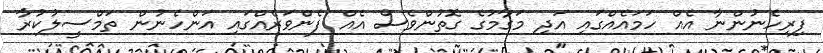
ފިރިހެނުންނާ އެއް ހަމައެއްގައި އަދި މަގާމުގެ ގޮތުންވެސް އެއް ފެންވަރެއްގައި އަންހެނުން ތަމްސީލުކުރާ